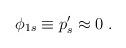
LaTeX: \begin{align*}\phi_{1s}\equiv p'_s\approx 0 \;.\end{align*}